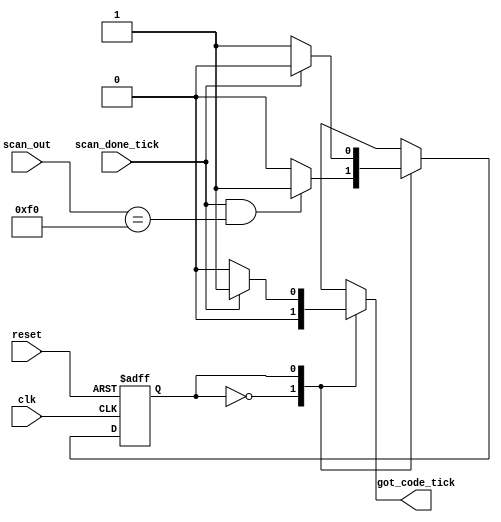
module kb_code
   (
    input wire clk, reset,scan_done_tick,
    input wire [7:0] scan_out,
    output reg got_code_tick
   );
   localparam BRK = 8'hf0; 
   localparam
      wait_brk = 1'b0,
      get_code = 1'b1;
   reg state_reg, state_next;
   always @(posedge clk, posedge reset)
      if (reset)
         state_reg <= wait_brk;
      else
         state_reg <= state_next;
   always @*
   begin
      got_code_tick = 1'b0;
      state_next = state_reg;
      case (state_reg)
         wait_brk:  
            if (scan_done_tick==1'b1 && scan_out==BRK)
               state_next = get_code;
         get_code:  
            if (scan_done_tick)
               begin
                  got_code_tick =1'b1;
                  state_next = wait_brk;
               end
      endcase
   end
endmodule